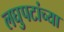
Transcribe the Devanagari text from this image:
लघुपटांच्या